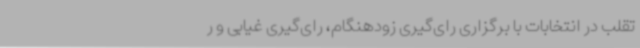
تقلب در انتخابات با برگزاری رای‌گیری زودهنگام، رای‌گیری غیابی و ر